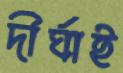
দীর্ঘাই